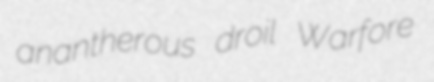
anantherous droil Warfore